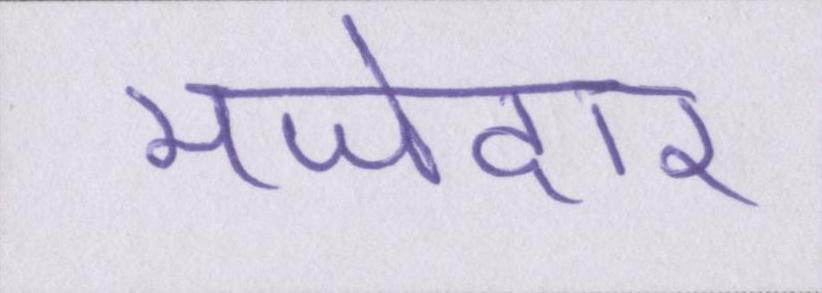
मजेदार